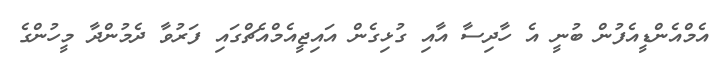
އެމްއެންޑީއެފުން ބުނީ އެ ހާދިސާ އާއި ގުޅިގެން އައިޖީއެމްއެޗްގައި ފަރުވާ ދެމުންދާ މީހުންގެ